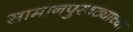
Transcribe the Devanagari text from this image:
सामानपुरवठ्याच्या